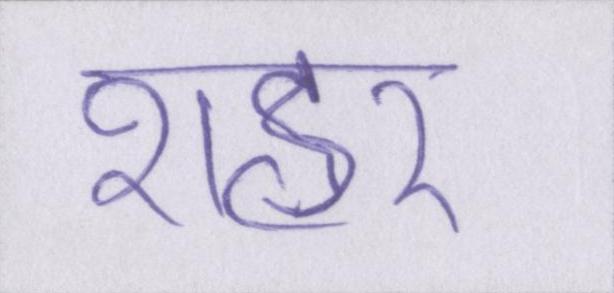
शहर